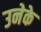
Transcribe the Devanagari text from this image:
उनेके